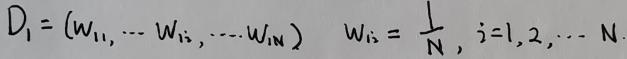
$D_1=(w_{11},\cdots w_{1i},\cdots w_{1N})\quad w_{1i}=\frac{1}{N},i = 1,2,\cdots N$